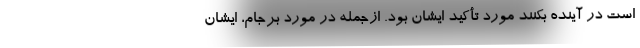
است در آینده بکنند مورد تأکید ایشان بود. ازجمله در مورد برجام، ایشان